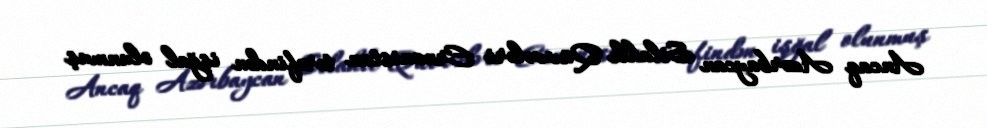
Ancaq Azərbaycan Silahlı Qüvvələri Ermənistan tərəfindən işğal olunmuş